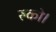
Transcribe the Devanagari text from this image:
रुको।